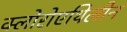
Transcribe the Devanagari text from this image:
क्लोरोएथिलीन